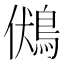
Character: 𪀢